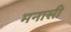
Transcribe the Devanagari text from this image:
मनासी